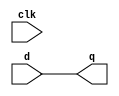
module latch(
    input d,
    output reg q,
    input clk
    );
    
    always @(clk)
        q <= d;
endmodule